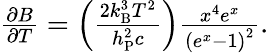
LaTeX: \begin{array}{r}{\frac{\partial B}{\partial T}=\left(\frac{2k_{\mathrm{B}}^{3}T^{2}}{h_{\mathrm{P}}^{2}c}\right)\frac{x^{4}e^{x}}{\left(e^{x}-1\right)^{2}}.}\end{array}